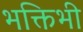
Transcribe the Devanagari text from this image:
भक्तिभी